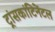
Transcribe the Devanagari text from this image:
ट्रांसकांटिनेंटल